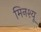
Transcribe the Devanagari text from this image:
मिनश्यू